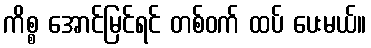
ကိစ္စ အောင်မြင်ရင် တစ်ဝက် ထပ် ပေးမယ်။